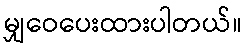
မျှဝေပေးထားပါတယ်။